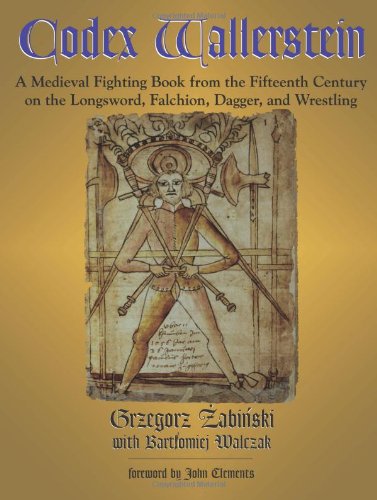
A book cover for Codex Wallerstein: A Medieval Fighting Book from the Fifteenth Century on the Longsword, Falchion, Dagger, and Wrestling; Grzegorz Zabinski; Sports & Outdoors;